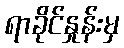
ရာခိုင်နှုန်းမှ